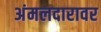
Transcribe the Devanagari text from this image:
अंमलदारावर